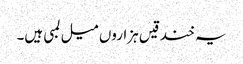
یہ خندقیں ہزاروں میل لمبی ہیں۔